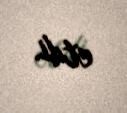
etdi.